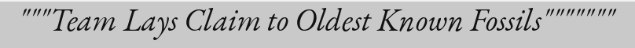
"""Team Lays Claim to Oldest Known Fossils"""""""